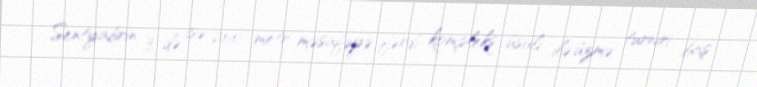
Sentyabrın 3-də isə 200 metr məsafəyə fərdi kompleks üsuli ilə üzmə turniri baş